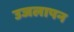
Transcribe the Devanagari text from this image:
उजलापन